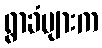
ရွာခံများက